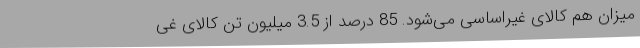
میزان هم کالای غیراساسی می‌شود. 85 درصد از 3.5 میلیون تن کالای غی